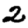
Digit: 2